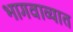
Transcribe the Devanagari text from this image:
भागवाव्यात